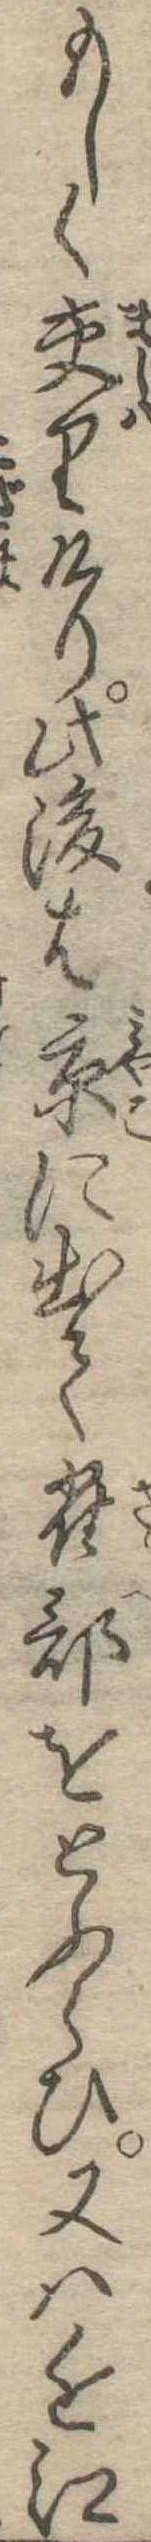
もしく交りけり此後は京に出て雀部をとふらひ又は近江